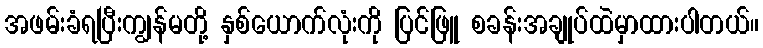
အဖမ်းခံရပြီးကျွန်မတို့ နှစ်ယောက်လုံးကို ပြင်ဖြူ စခန်းအချုပ်ထဲမှာထားပါတယ်။